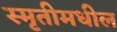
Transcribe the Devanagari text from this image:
स्मृतीमधील